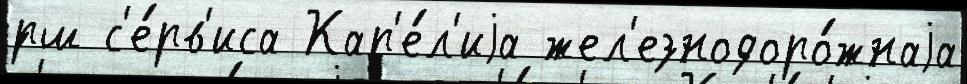
́рш с'е́рв'иса Кар'е́л'иjа жел'езнодоро́жнаjа